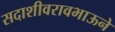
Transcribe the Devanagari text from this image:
सदाशीवरावभाऊने